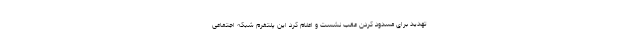
تهدید برای مسدود کردن عقب نشست و اعلام کرد این پلتفرم شبکه اجتماعی